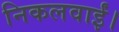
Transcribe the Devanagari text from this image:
निकलवाईं।